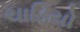
ચાડિયો